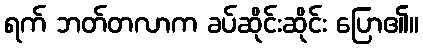
ရက် ဘတ်တလာက ခပ်ဆိုင်းဆိုင်း ပြော၏။